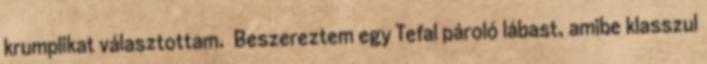
krumplikat választottam. Beszereztem egy Tefal pároló lábast, amibe klasszul